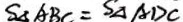
S _ { \Delta A B C } = S _ { \Delta A B C }